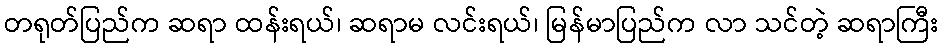
တရုတ်ပြည်က ဆရာ ထန်းရယ်၊ ဆရာမ လင်းရယ်၊ မြန်မာပြည်က လာ သင်တဲ့ ဆရာကြီး